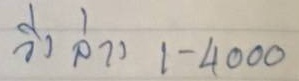
วิ่ง ล่าง 1 - 4000